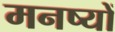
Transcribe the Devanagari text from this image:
मनष्यों